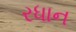
રધાન